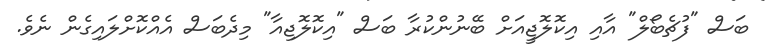
ބަސް "ފުޗެބޯލް" އާއި އިކޮލޮޖީއަށް ބޭނުންކުރާ ބަސް "އިކޮލޮޖިއާ" މިދެބަސް އެއްކޮށްލައިގެން ނެވެ.